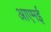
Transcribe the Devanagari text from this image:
आएमई